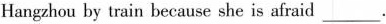
Hangzhou by train because she is afraid___.